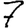
Digit: 7